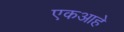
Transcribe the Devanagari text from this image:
एकआहे